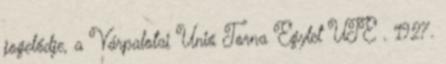
jogelődje, a Várpalotai Unió Torna Egylet UTE . 1927.